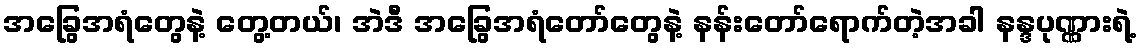
အခြွေအရံတွေနဲ့ တွေ့တယ်၊ အဲဒီ အခြွေအရံတော်တွေနဲ့ နန်းတော်ရောက်တဲ့အခါ နန္ဒပုဏ္ဏားရဲ့